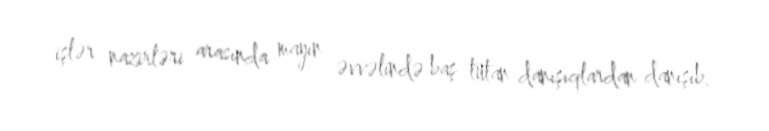
işlər nazirləri arasında mayın əvvəlində baş tutan danışıqlardan danışıb.